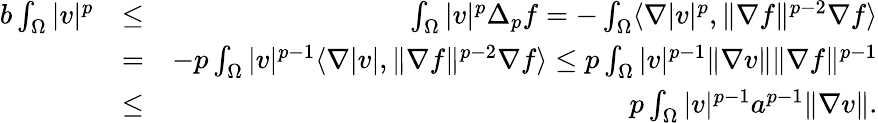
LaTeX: \begin{array}{rlr}{b\int_{\Omega}|v|^{p}}&{\leq}&{\int_{\Omega}|v|^{p}\Delta_{p}f=-\int_{\Omega}\langle\nabla|v|^{p},\| \nabla f\| ^{p-2}\nabla f\rangle}\\ &{=}&{-p\int_{\Omega}|v|^{p-1}\langle\nabla|v|,\| \nabla f\| ^{p-2}\nabla f\rangle\leq p\int_{\Omega}|v|^{p-1}\| \nabla v\| \| \nabla f\| ^{p-1}}\\ &{\leq}&{p\int_{\Omega}|v|^{p-1}a^{p-1}\| \nabla v\| .}\end{array}